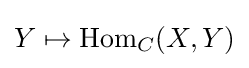
Y\mapsto {\text{Hom}}_{C}(X,Y)